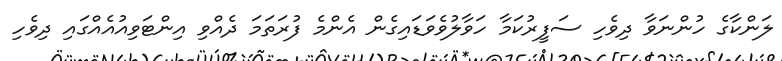
ލަންކާގެ ހުންނަވާ ދިވެހި ސަފީރުކަމާ ހަވާލުވެވަޑައިގެން އެންމެ ފުރަތަމަ ދެއްވި އިންޓަވިއުއެއްގައި ދިވެހި